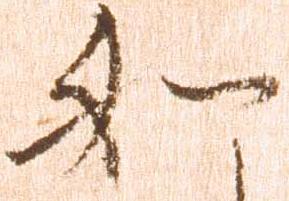
如